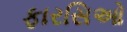
ફારસિઓ